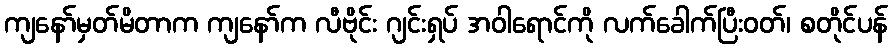
ကျနော်မှတ်မိတာက ကျနော်က လီဗိုင်း ဂျင်းရှပ် အဝါရောင်ကို လက်ခေါက်ပြီးဝတ်၊ စတိုင်ပန်